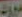
موزة